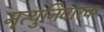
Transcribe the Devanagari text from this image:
मृत्युनिवारक